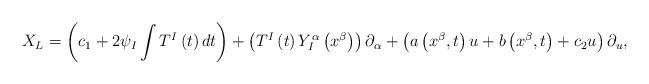
LaTeX: \begin{align*}X_{L}=\left( c_{1}+2\psi _{I}\int T^{I}\left( t\right) dt\right) +\left(T^{I}\left( t\right) Y_{I}^{\alpha }\left( x^{\beta }\right) \right)\partial _{\alpha }+\left( a\left( x^{\beta },t\right) u+b\left( x^{\beta},t\right) +c_{2}u\right) \partial _{u}, \end{align*}